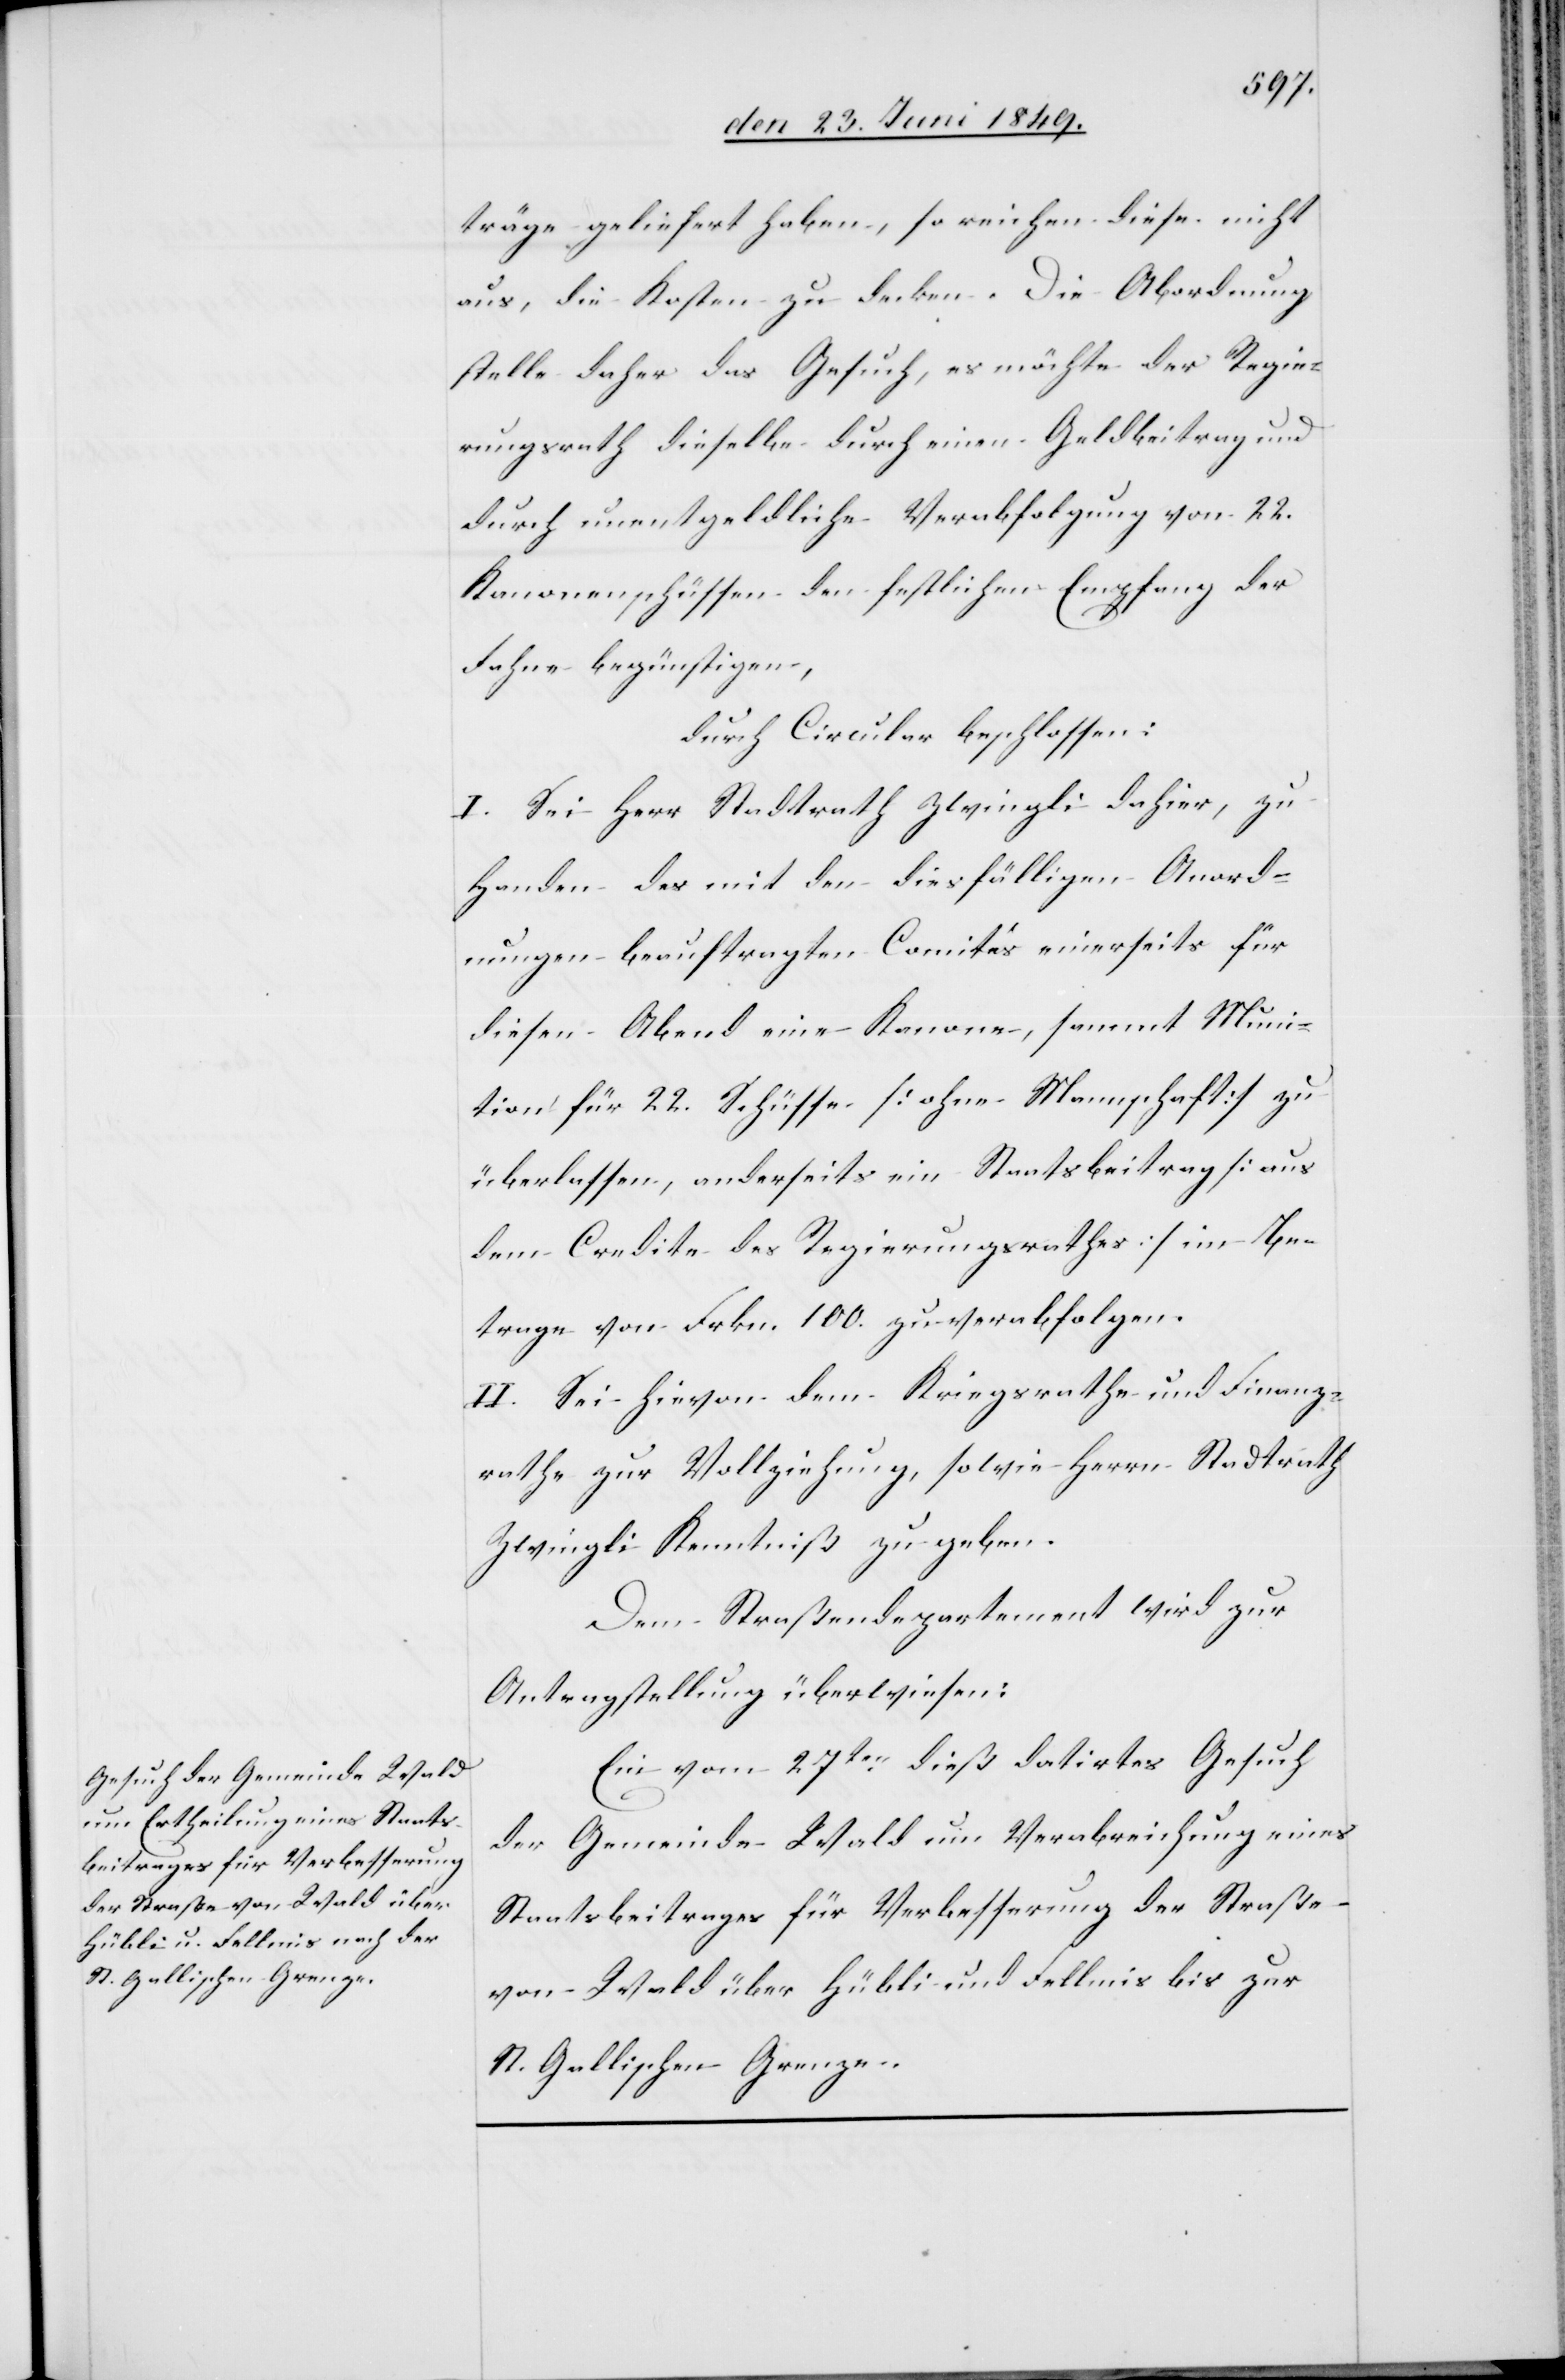
den 29. Juni 1849.]
träge geliefert haben, so reichen diese nicht
aus, die Kosten zu decken. Die Abordnung
stelle daher das Gesuch, es möchte der Regie¬
rungsrath dieselbe durch einen Geldbeitrag und
durch unentgeldliche Verabfolgung von 22.
Kanonenschüssen den festlichen Empfang der
Fahne begünstigen,
durch Circular beschlossen:
I. Sei Herr Stadtrath Zwingli dahier, zu
Handen des mit den diesfälligen Anord¬
nungen beauftragten Comités einerseits für
diesen Abend eine Kanone, sammt Muni¬
tion für 22. Schüsse [ohne Mannschaft] zu
überlassen, anderseits ein Staatsbeitrag [aus
dem Credite des Regierungsrathes] im Be¬
trage von Frkn. 100. zu verabfolgen.
II. Sei hievon dem Kriegsrathe und Finanz¬
rathe zur Vollziehung, sowie Herrn Stadtrath
Zwingli Kenntniß zu geben.
Dem Straßendepartement wird zur
Antragstellung überwiesen:
Ein vom 27ten dieß datirtes Gesuch
der Gemeinde Wald um Verabreichung eines
Staatsbeitrages für Verbesserung der Straße
von Wald über Hübli und Fellmis bis zur
St. Gallischen Grenze.